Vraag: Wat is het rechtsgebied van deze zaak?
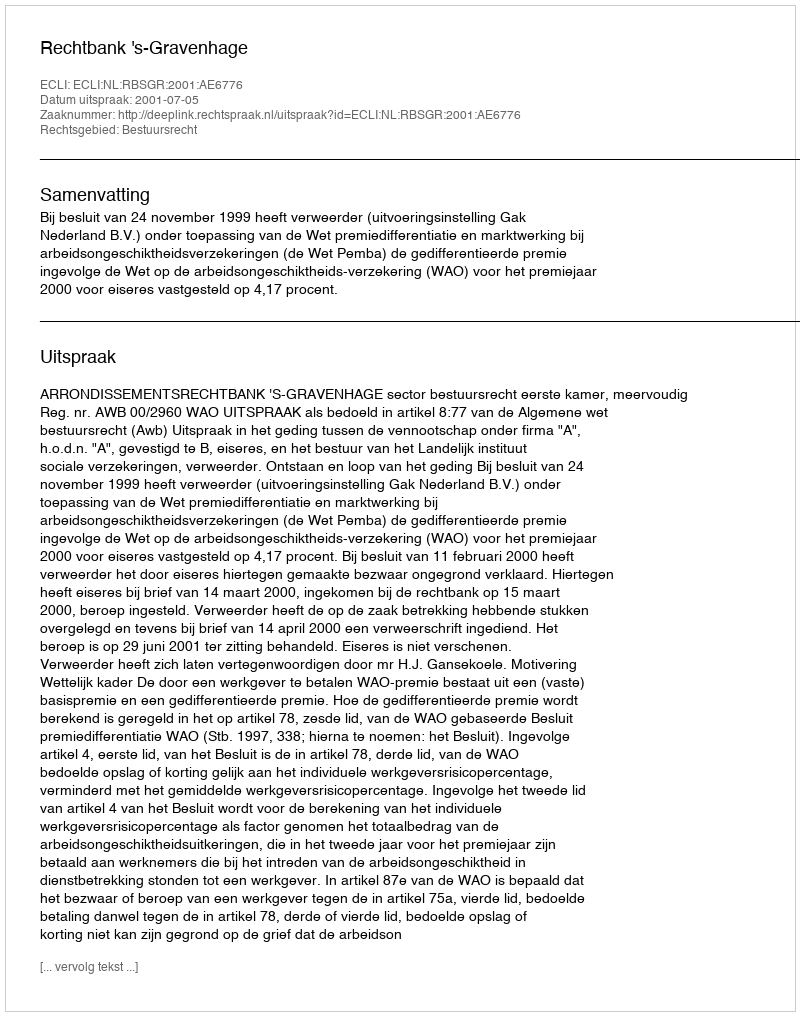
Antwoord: Bestuursrecht